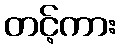
တင့်ကား